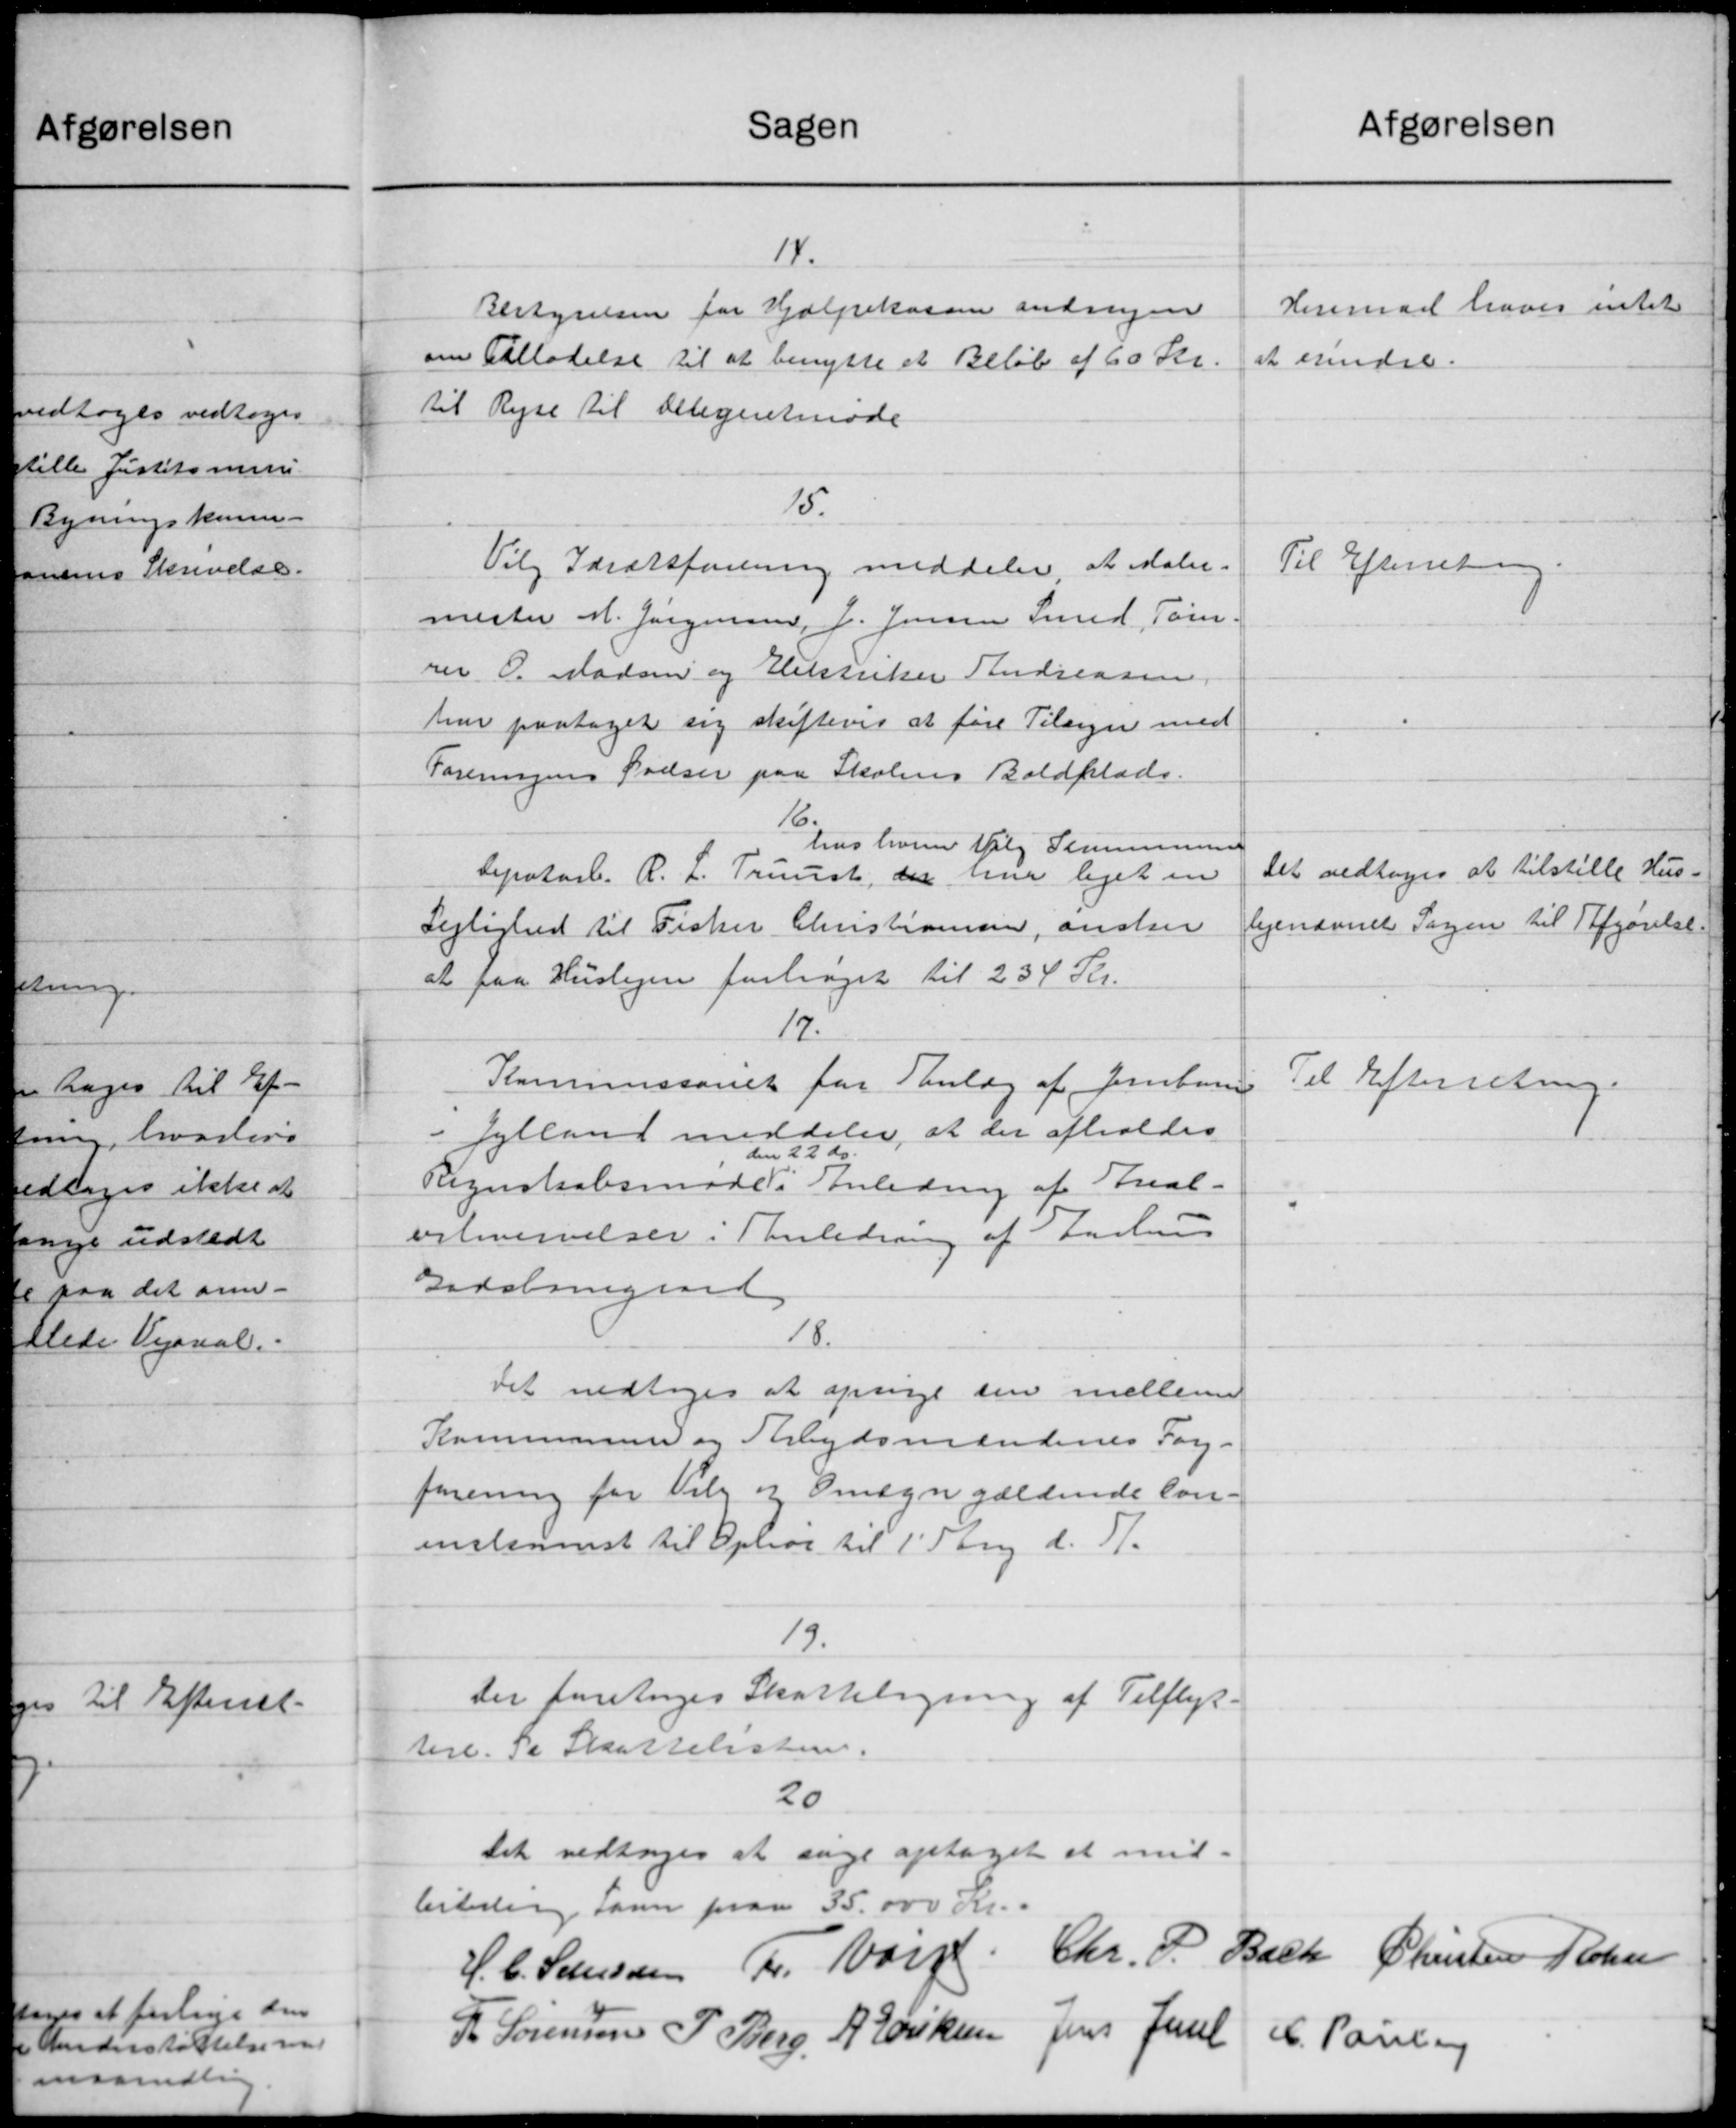
Transskription:
Sagen
Afgørelsen
14.
Herimod haves intet
Bestyrelsen for Hjælpekassen andragen
om Tilladelse til at benytte et Beløb af 60 Kr.
at erindre.
til Rejse til Delegietmøde
15.
Til Efterretning
Vilg Idrætsforening meddeler at Maler.
mester M. Jørgensen, J. Jensen Smed, Tom.
rer O. Madsen og Elektriker Andreasen,
har paataget sig skifteres at føre Tilsyn med
Foreningens Oveser paa Skolens Boldplads.
16.
hos hvem Valg Slummunen
Det vedtoges at tilstille Hus-
Depotarb. R. L. Truust, der har liget en
lejenævnet Sagen til Afgørelse.
Lejlighed til Fisker Christiansen, anske
at paa Huslejen forhøjet til 234 Kr.
17.
Kommissonet for Enlæg af Jernban
Til Efterretning.
deler, at der afholdes
at
 Jylland me
den 22 ds.
Regnskabsmøde i Anledning af Areal-
"
veleverivelser i Anledning af Aarhus
Gadsberegaard
18.
Det vedtoges at opsige sin mellem
Kommunen og Arbejdsmandenes For-
forening for Valg og Omegn gældende Con-
inskomst til Ophør til 1' Stang d. 11.
19.
Der foretoges Skatteligning af Tilflyt-
tere. Se Skattelisten.
20
Det vedtoges at søge optaget at mid-
billing Soven paa 35.000 Kr.
H. C. Sørensen Fr. Varp. Chr. P. Bach Christen Rose
R Sørensen P. Berg, A. Eriksen Jens Juul C. Poulsen